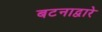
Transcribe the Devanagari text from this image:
बटनाद्वारे